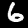
Digit: 6